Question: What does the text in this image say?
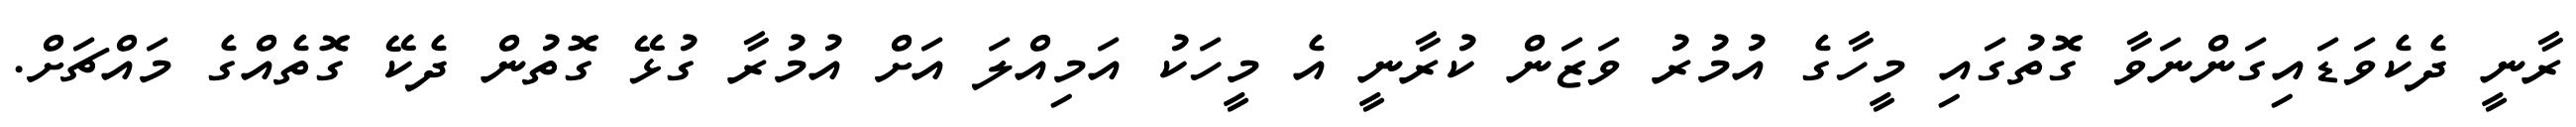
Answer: ރާނީ ދެކެވަޑައިގަންނަވާ ގޮތުގައި މީހާގެ އުމުރު ވަޒަން ކުރާނީ އެ މީހަކު އަމިއްލަ އަށް އުމުރާ ގުޅޭ ގޮތުން ދެކޭ ގޮތެއްގެ މައްޗަށް.